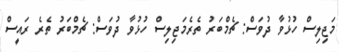
މަޖިލިސް ހުޅުވާ ދުވަސް: ޗެމްބަރު ތެރެމަޖިލިސް ހުޅުވާ ދުވަސް: ޗެމްބަރު ތެރެ ރައީސް